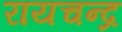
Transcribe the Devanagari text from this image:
रायचन्द्र